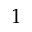
1